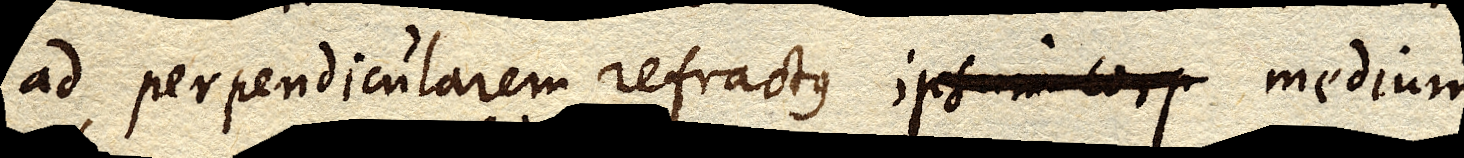
ad perpendicularem refractus ipsum corp medium